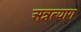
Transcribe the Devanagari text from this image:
अन्नत्याग